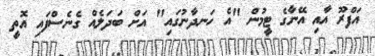
އަފްރޫ އާއި އޭނާގެ ޓީމުން "އެ ހަނދާނުގައި" އަށް ބަދަލެއް ގެނެސްފައި އޮތީ